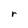
Character: r